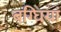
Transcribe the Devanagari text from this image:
बग्घियां